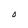
Character: O